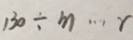
1 3 0 \div m \cdots r